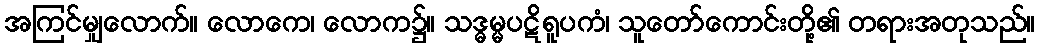
အကြင်မျှလောက်။ လောကေ၊ လောက၌။ သဒ္ဓမ္မပဋိရူပကံ၊ သူတော်ကောင်းတို့၏ တရားအတုသည်။